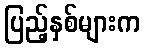
ပြည့်နှစ်များက